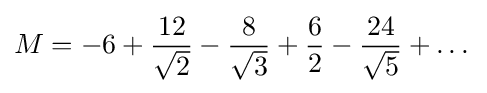
M=-6+{\frac {12}{\sqrt {2}}}-{\frac {8}{\sqrt {3}}}+{\frac {6}{2}}-{\frac {24}{\sqrt {5}}}+\dots